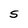
Character: S